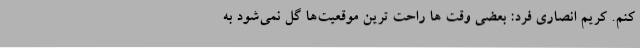
کنم. کریم انصاری فرد: بعضی وقت ها راحت ترین موقعیت‌ها گل نمی‌شود به